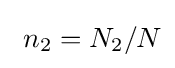
~n_{2}=N_{2}/N